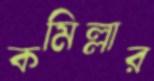
কমিল্লার